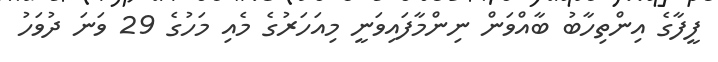
ފީފާގެ އިންތިހާބު ބާއްވަން ނިންމާފައިވަނީ މިއަހަރުގެ މެއި މަހުގެ 29 ވަނަ ދުވަހު